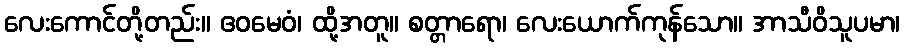
လေးကောင်တို့တည်း။ ဧဝမေဝံ၊ ထို့အတူ။ စတ္တာရော၊ လေးယောက်ကုန်သော။ အာသီဝိသူပမာ၊